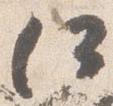
何